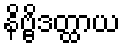
နိဗ္ဗိဒတ္ထာယ